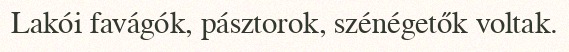
Lakói favágók, pásztorok, szénégetők voltak.